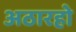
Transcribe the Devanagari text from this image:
अठारहो